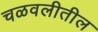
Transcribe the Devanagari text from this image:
चळवलीतील